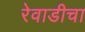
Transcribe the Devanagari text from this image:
रेवाडीचा